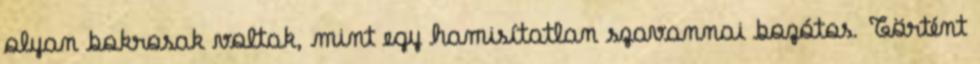
olyan bokrosak voltak, mint egy hamisítatlan szavannai bozótos. Történt